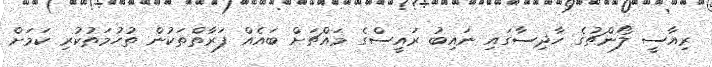
ރިއާސީ ލޯންޗުގެ ހާދިސާގައި ނައިބު ރައީސްގެ މައްޗަށް ބައެއް ފަރާތްތަކުން ތުހުމަތުކުރި ކަމަށް